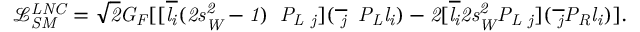
\- \it { \mathcal { L } } _ { S M } ^ { L N C } = \sqrt { 2 } G _ { F } [ [ \overline { { { l _ { i } } } } ( 2 s _ { W } ^ { 2 } - 1 ) \gamma _ { \mu } P _ { L } \nu _ { j } ] ( \overline { { { \nu _ { j } } } } \gamma ^ { \mu } P _ { L } l _ { i } ) - 2 [ \overline { { { l _ { i } } } } 2 s _ { W } ^ { 2 } P _ { L } \nu _ { j } ] ( \overline { { { \nu _ { j } } } } P _ { R } l _ { i } ) ] .